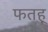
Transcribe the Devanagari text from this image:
फतह्